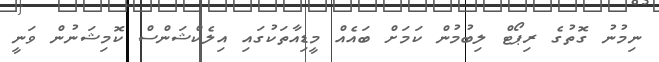
ނިމުނު ގޮތުގެ ރިޕޯޓް ލިބުމުން ކަމަށް ބައެއް މީޑިއާތަކުގައި އިލެކްޝަންސް ކޮމިޝަނުން ވަނީ